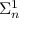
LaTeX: \Sigma _ { n } ^ { 1 }